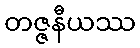
တဇ္ဇနီယဿ